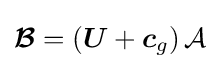
{\boldsymbol {\mathcal {B}}}=\left({\boldsymbol {U}}+{\boldsymbol {c}}_{g}\right){\mathcal {A}}